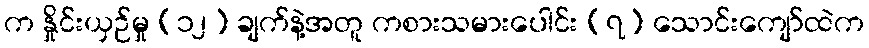
က နှိုင်းယှဉ်မှု (၁၂) ချက်နဲ့အတူ ကစားသမားပေါင်း (၇) သောင်းကျော်ထဲက